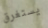
يستغرق